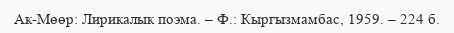
Ак-Мөөр: Лирикалык поэма. – Ф.: Кыргызмамбас, 1959. – 224 б.